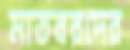
মাতবরদের